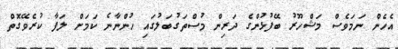
އެހެން ނަމަވެސް މަޝްހޫރު ބޭފުޅުންގެ ދަރިން މުސްތަގުބަލުގައި ހުންނާނެ ކަމަށް ލަފާ ކުރެވޭގޮތް